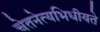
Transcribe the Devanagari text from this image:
चेतनेत्यभिधीयते